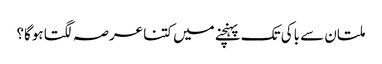
ملتان سے باکی تک پہنچنے میں کتنا عرصہ لگتا ہوگا؟